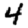
Digit: 4